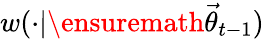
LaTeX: w(\cdot|\ensuremath{\vec{\theta}}_{t-1})